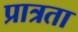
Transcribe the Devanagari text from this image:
प्रात्रता